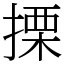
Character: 搮